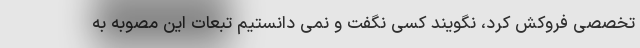
تخصصی فروکش کرد، نگویند کسی نگفت و نمی دانستیم تبعات این مصوبه به